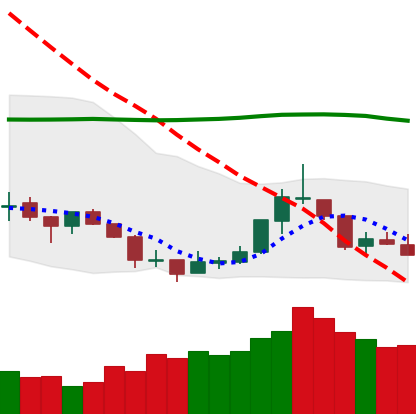
Ticker: TRX-USD
Chart end date: 2018-07-23
Forward return: 7.989%
Label: up_7plus